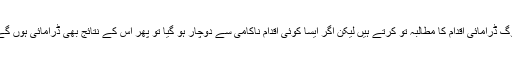
لوگ ڈرامائی اقدام کا مطالبہ تو کرتے ہیں لیکن اگر ایسا کوئی اقدام ناکامی سے دوچار ہو گیا تو پھر اُس کے نتائج بھی ڈرامائی ہوں گے۔